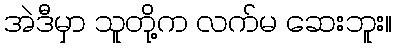
အဲဒီမှာ သူတို့က လက်မ ဆေးဘူး။